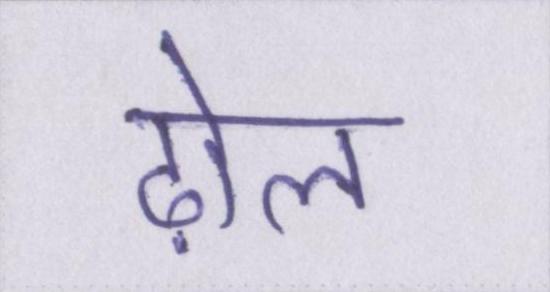
ढ़ोल